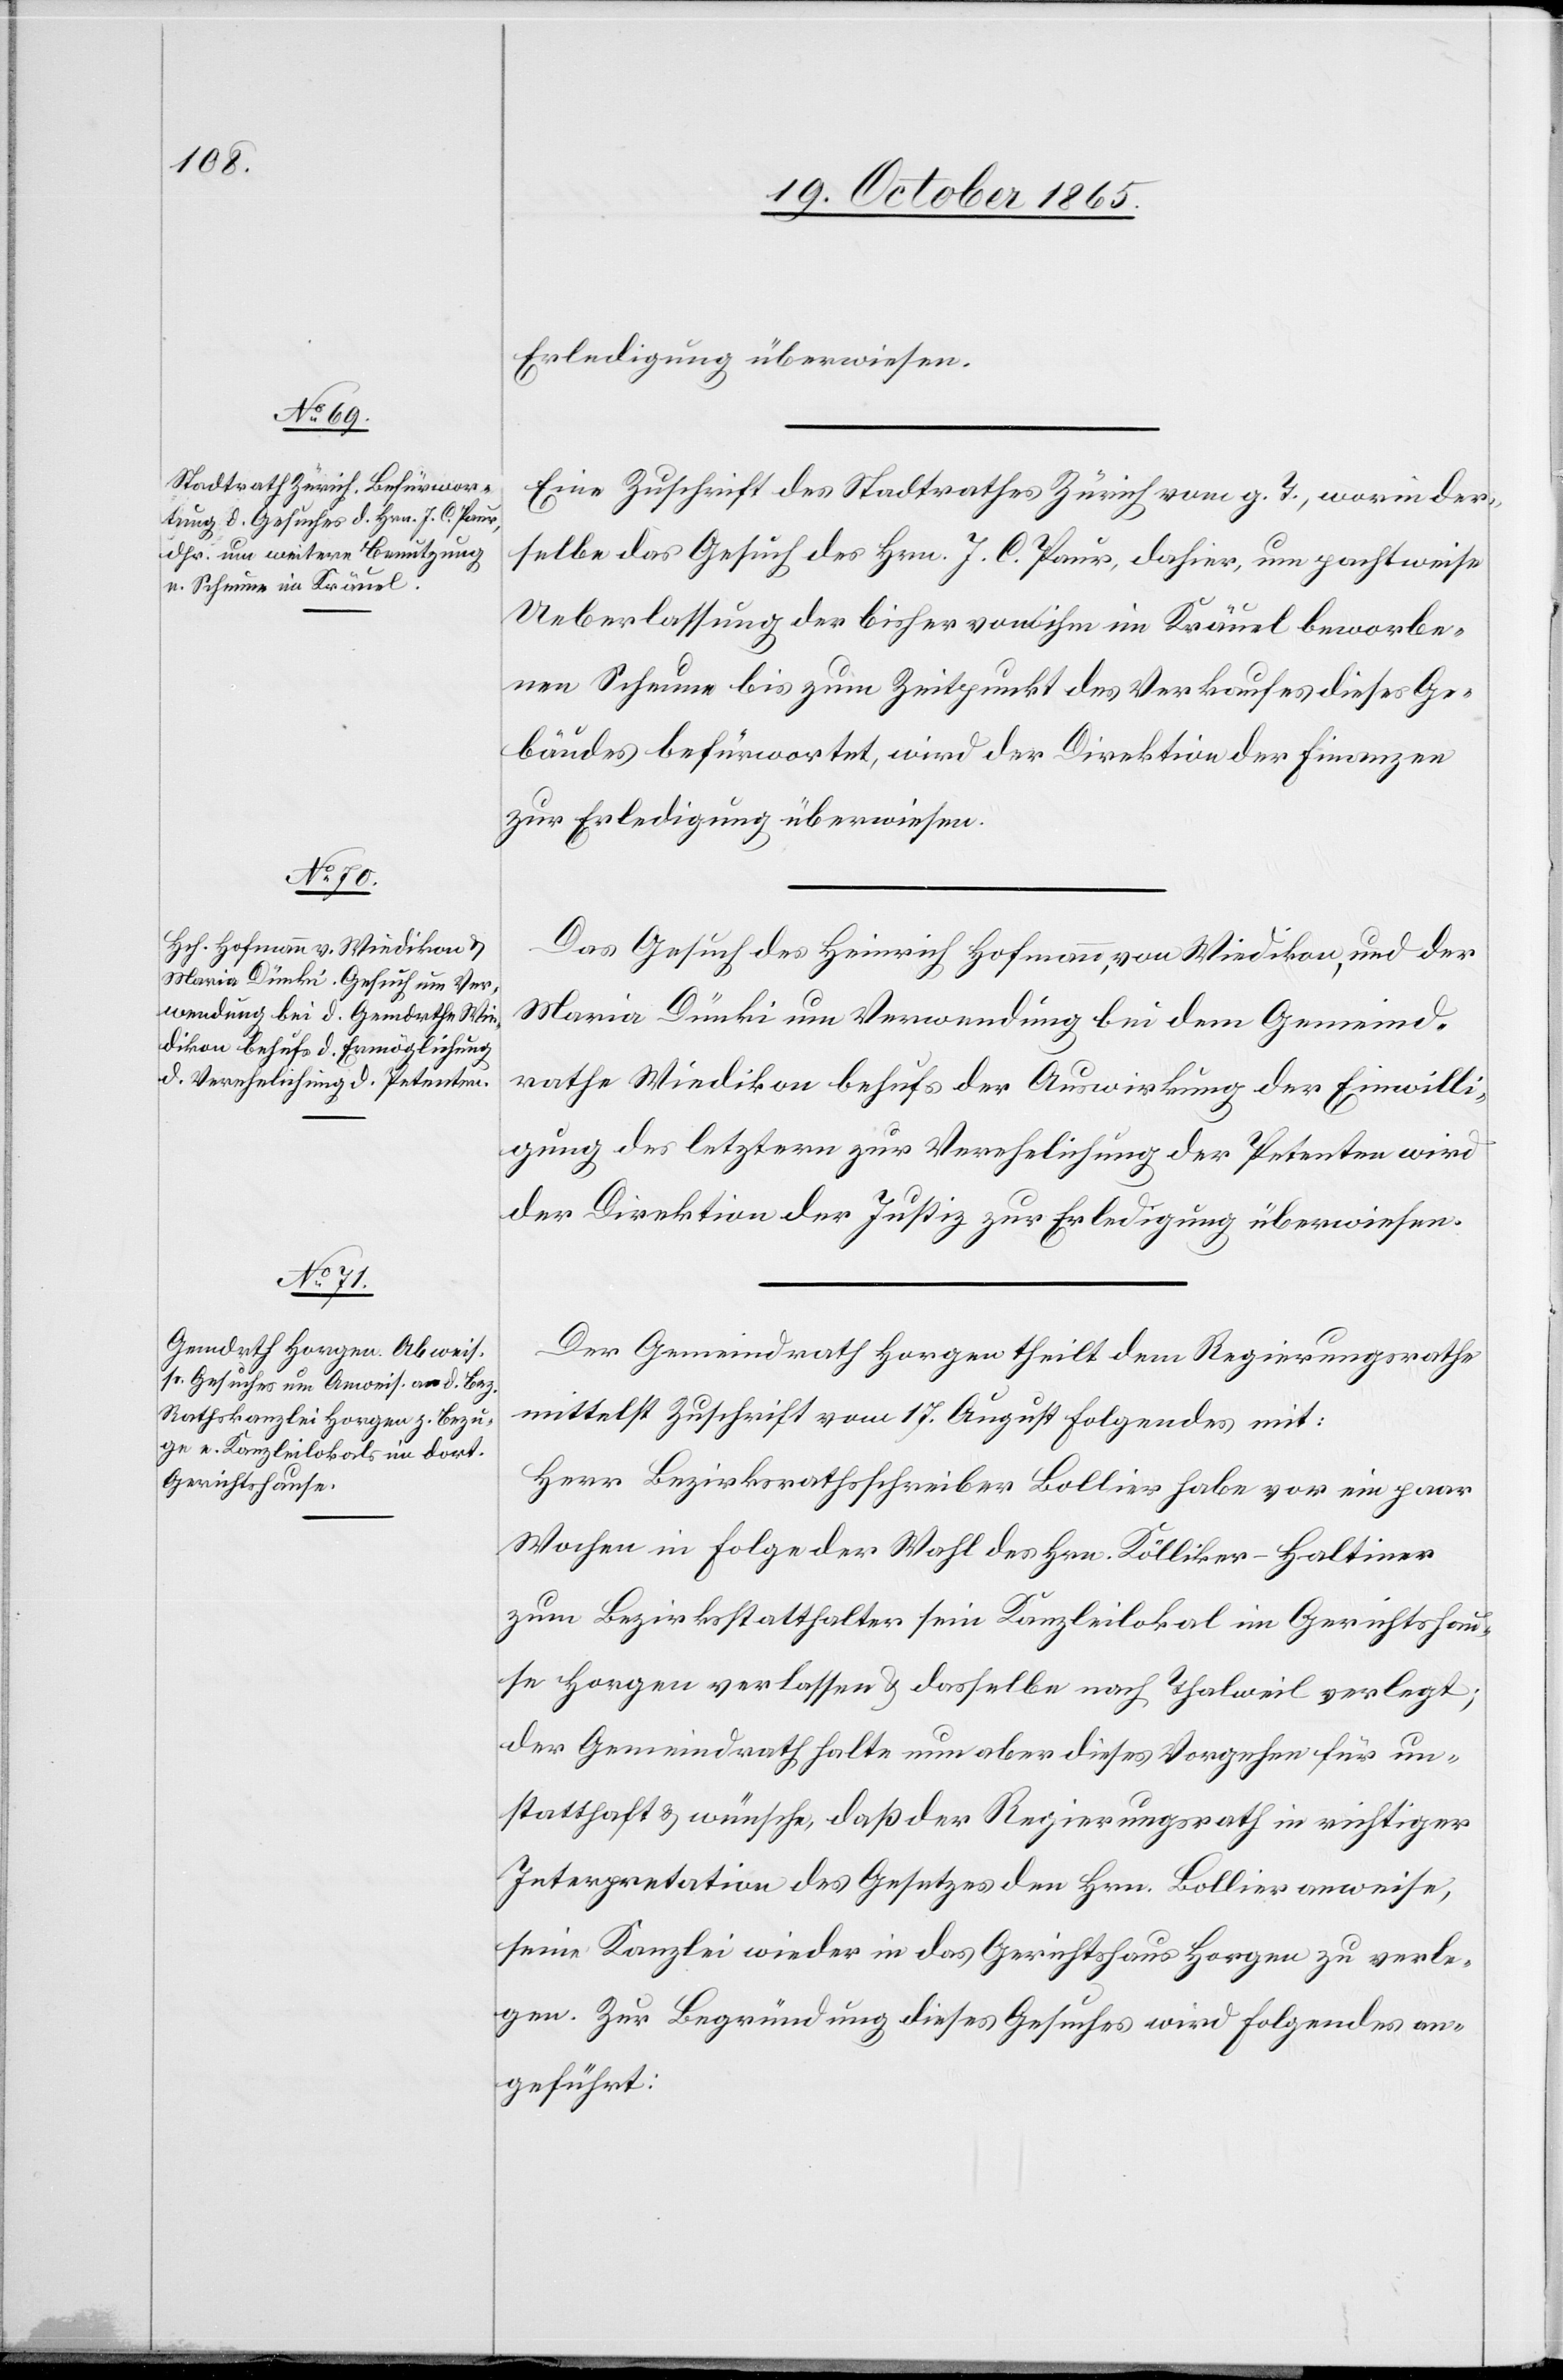
Erledigung überwiesen.
Eine Zuschrift des Stadtrathes Zürich vom g. T., worin der¬
selbe das Gesuch des Hrn. J. C. Paur, dahier, um pachtweise
Ueberlassung der bisher von ihm im Kräuel beworbe¬
nen Scheune bis zum Zeitpunkt des Verkaufes dieses Ge¬
bäudes befürwortet, wird der Direktion der Finanzen
zur Erledigung überwiesen.
Das Gesuch des Heinrich Hofmann, von Wiedikon, und der
Maria Dünki um Verwendung bei dem Gemeind¬
rathe Wiedikon behufs der Auswirkung der Einwilli¬
gung des letztern zur Verehelichung der Petenten wird
der Direktion der Justiz zur Erledigung überwiesen.
Der Gemeindrath Horgen theilt dem Regierungsrathe
mittelst Zuschrift vom 17. August Folgendes mit:
Herr Bezirksrathsschreiber Bollier habe vor ein paar
Wochen in Folge der Wahl des Hrn. Kölliker-Haltiner
zum Bezirksstatthalter sein Kanzleilokal im Gerichtshau¬
se Horgen verlassen & dasselbe nach Thalweil verlegt;
der Gemeindrath halte nun aber dieses Vorgehen für un¬
statthaft & wünsche, daß der Regierungsrath in richtiger
Interpretation des Gesetzes den Hrn. Bollier anweise,
seine Kanzlei wieder in das Gerichtshaus Horgen zu verle¬
gen. Zur Begründung dieses Gesuches wird Folgendes an¬
geführt: